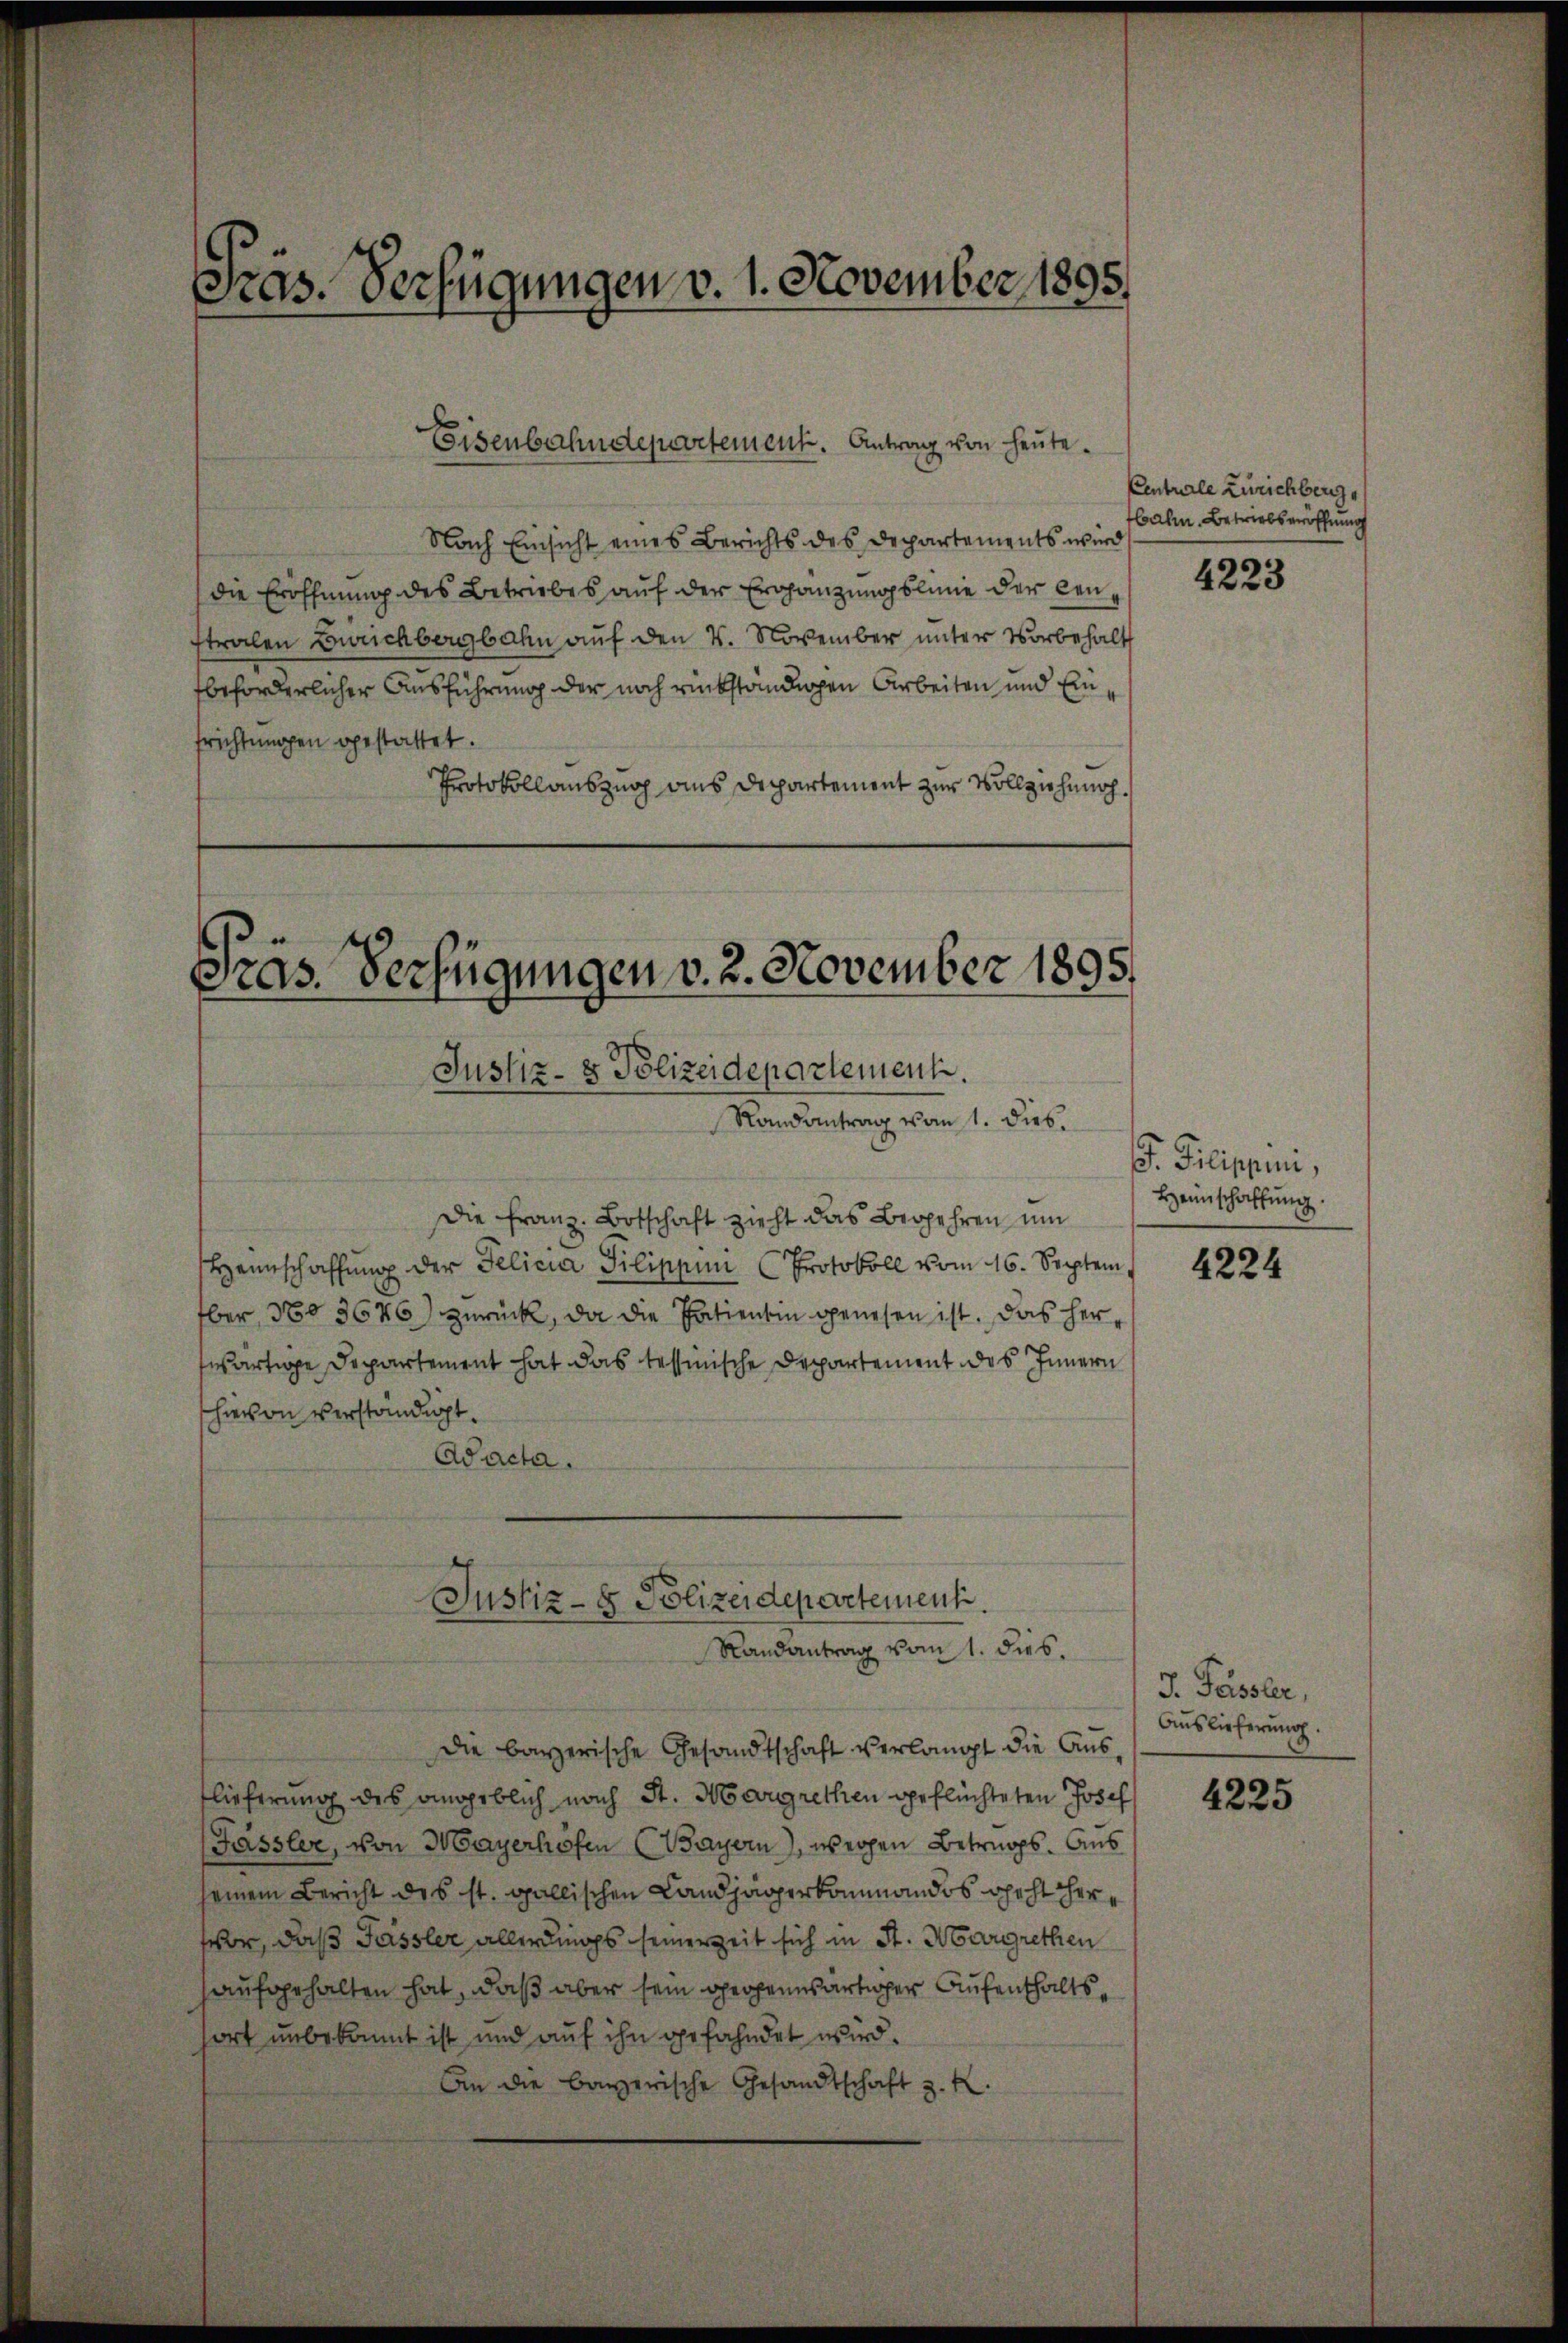
as. Verfügungen v. 1. November 1895.

Nach Einsicht eines Berichts des Departements wird
die Eröffnung des Betriebes auf der Ergänzungslinie der Censtralen Zürichbergbahn auf den 4. November unter Vorbehalt
beforderlicher Ausführung der noch rückständlichen Arbeiten und Ein
frichtungen gestattet.
Protokollauszug aus Departement zur Vollziehung.

Eisenbahndepartement. Antrag von heute.

Pras. Verfügungen v. 2. November 1895
Justiz- & Polizeidepartement.
Randantrag vom 1. Dieb.

Justiz- & Polizeidepartement.
Randantrag vom 1. dies.

Die Franz. Botschaft zieht das Begehren um
Heimschaffŭng der Felicia Pilippin (Protokoll vom 16. Septem,
ber 360 3646) zurück, da die Patientin genesen ist. Das herwärtige Departement hat das tessinische Departement des Innern
hievon verständigt.
Aacta.

die bayerische Gesandtschaft verlangt die Auslieferung des angeblich nach St. Margrethen geflüchteten Josef
Fässler, von Mayerhofen (Bayern), wegen Betrugs. Aus
seinem Bericht des st. Gallischen Landjägerkommandos geht hervor, daß Fassler allerdings seiner Zeit sich in St. Margrethen
aufgehalten hat, daß aber sein propensartiger Aufenthaltsfort unbekannt ist und auf ihn gefahndet wird.
An die bayerische Gesandtschaft z. K.

Centrale Zürichberg
bahn Betriebseröffnung

4223

. Pilippen,
Heimschaffung.

4224

J. Fassler,
Auslieferung.

4225